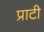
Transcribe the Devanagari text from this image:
प्राटी